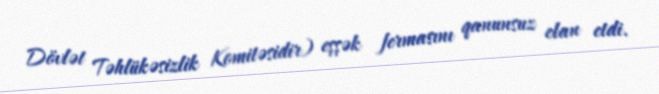
Dövlət Təhlükəsizlik Komitəsidir) eşşək fermasını qanunsuz elan etdi.